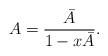
LaTeX: \begin{align*}A = \frac{\bar{A}}{1-x\bar{A}}. \end{align*} %\end{align*}